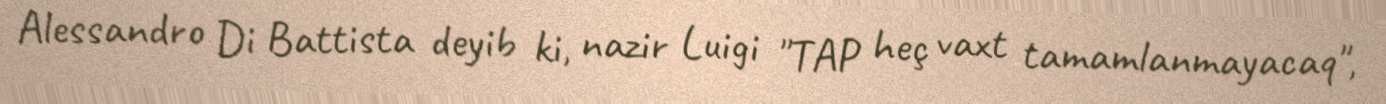
Alessandro Di Battista deyib ki, nazir Luigi "TAP heç vaxt tamamlanmayacaq",